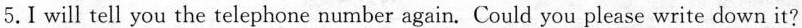
5. I will tell you the telephone number again. Could you please write down it?